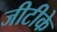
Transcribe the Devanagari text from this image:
जीटीके